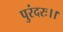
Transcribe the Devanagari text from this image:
पुरंदरः।।